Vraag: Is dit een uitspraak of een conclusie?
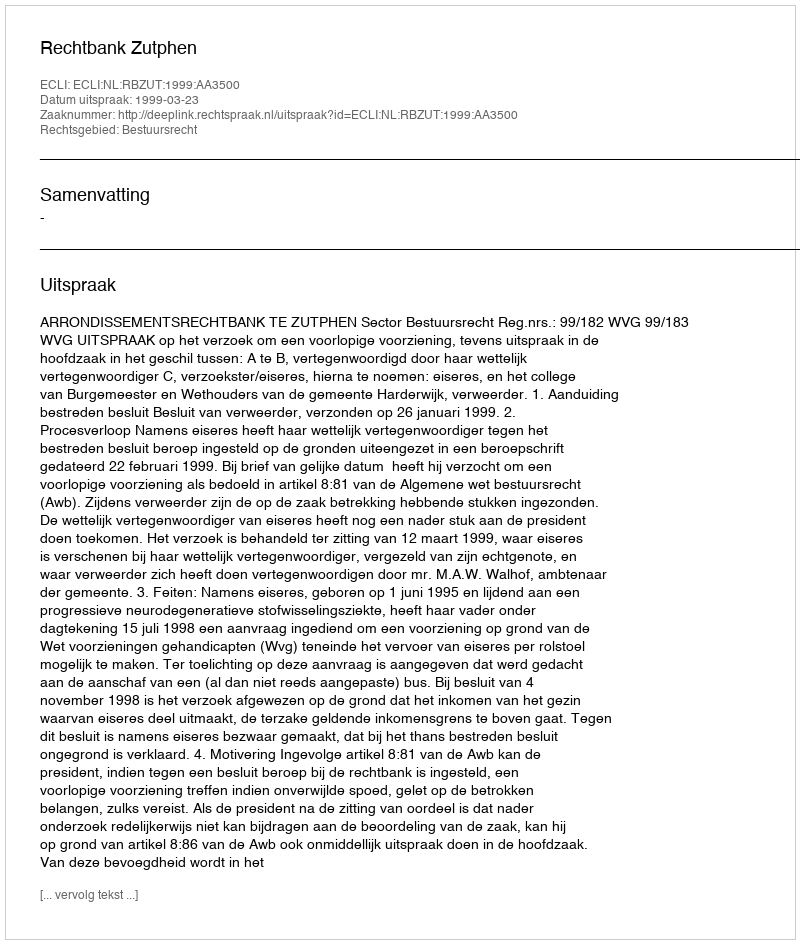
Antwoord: Uitspraak